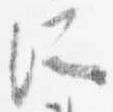
所